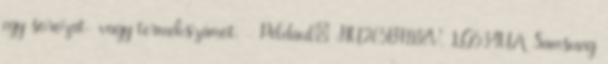
egy sorozat- vagy termékszámot. - Például: HU265BM18V, LG534UA Samsung